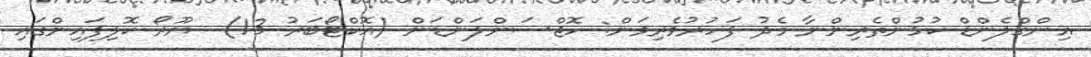
އިންގްލެންޑް ކުޅުންތެރިންނާ މެދު ފަހުރުވެރިވަން: ހޮޖްސަންލަންޑަން (އޮކްޓޯބަރު 13)  ޔޫރޯ ކޮލިފައިންގައި